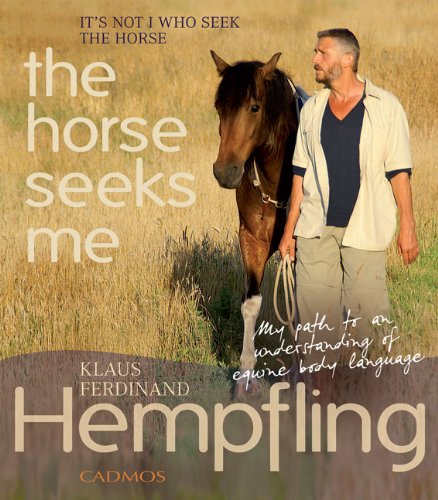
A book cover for It's Not I Who Seek the Horse, the Horse Seeks Me: My Path to an Understanding of Equine Body Language; Klaus Ferdinand Hempfling; Sports & Outdoors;